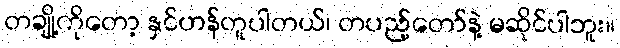
တချို့ကိုတော့ နှင်ဟန်တူပါတယ်၊ တပည့်တော်နဲ့ မဆိုင်ပါဘူး။